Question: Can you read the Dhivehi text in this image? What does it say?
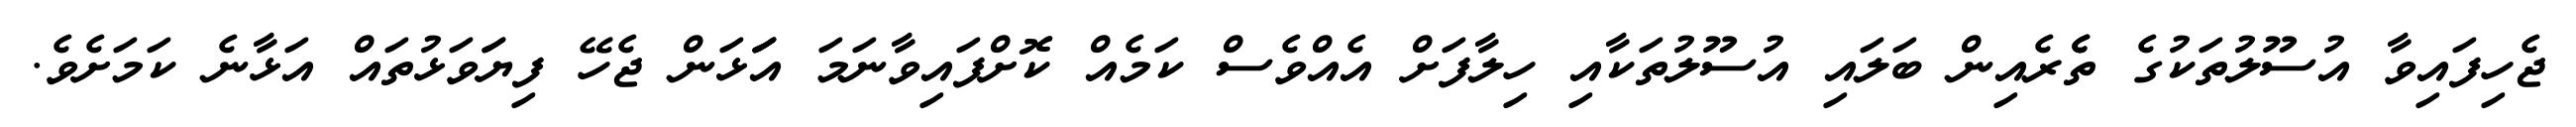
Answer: ޖެހިފައިވާ އުސޫލުތަކުގެ ތެެރެއިން ބަލައި އުސޫލުތަކާއި ހިލާފަށް އެއްވެސް ކަމެއް ކޮށްފައިވާނަމަ އަަަޅަން ޖެހޭ ފިޔަަވަޅުތައް އަޅާނެ ކަމަށެވެ.